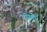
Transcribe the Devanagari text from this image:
डॊली